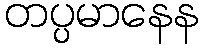
တပ္ပမာနေန